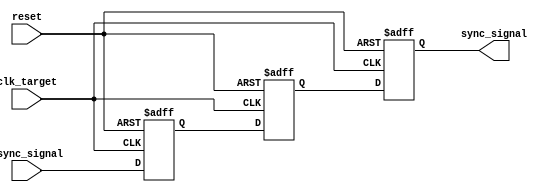
module signal_level_crossing_synchronizer (
    input wire clk_target,       // Target clock domain
    input wire async_signal,     // Asynchronous input signal
    output reg sync_signal,      // Synchronized output signal
    input wire reset             // Optional reset signal
);

    // Internal signals for the flip-flops
    reg ff1, ff2;

    // Dual Flip-Flop Synchronizer
    always @(posedge clk_target or posedge reset) begin
        if (reset) begin
            ff1 <= 1'b0;          // Initialize FF1 on reset
            ff2 <= 1'b0;          // Initialize FF2 on reset
            sync_signal <= 1'b0;  // Initialize output on reset
        end else begin
            ff1 <= async_signal;   // Sample the asynchronous signal
            ff2 <= ff1;            // Sample the output of FF1
            sync_signal <= ff2;    // Provide the final synchronized output
        end
    end

endmodule